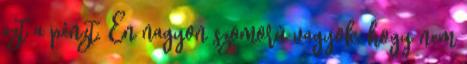
ezt a pénzt. Én nagyon szomorú vagyok, hogy nem